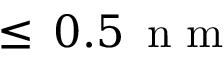
\leq \, 0 . 5 \, \mathrm { ~ n ~ m ~ }